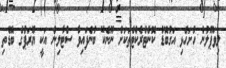
ލިވަޕޫލުން ހުށަހެޅި އަގުބޮޑު ކޮންޓްރެކްޓްތަކަށް ނޫނެކޭ ބުނެފައިވާ ސްޓާލިން އަކީ ޔޫރަޕުގެ ބޮޑެތި